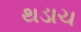
થડાચ